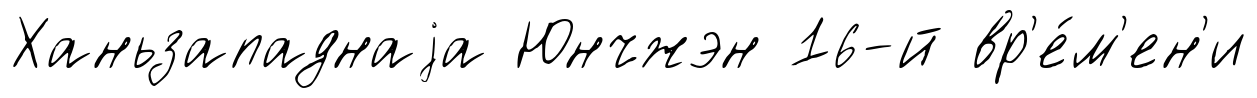
Ханьзападнаjа Юнчжэн 16-й вр'е́м'ен'и